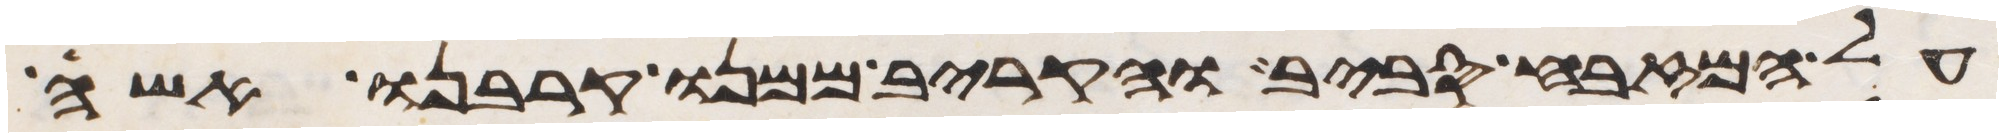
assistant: על המזבח סביב והקריב ממנו קרבנו אשה